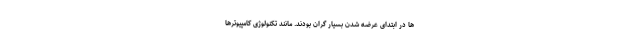
ها در ابتدای عرضه شدن بسیار گران بودند. مانند تکنولوژی کامپیوترها